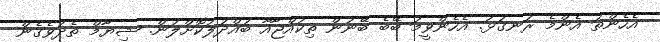
އެހެންތަ އެންމެ ރަނގަޅު. އެހެންވީމަ ބޭބެ ބޭނުން ތިކުއްޖާއާ ބައްދަލުކޮށްލަން. ޝިޔާމް ތެދުވެގެން